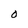
Character: O